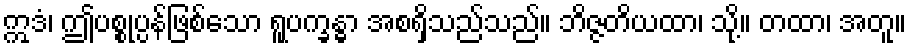
ဣဒံ၊ ဤပစ္စုပ္ပန်ဖြစ်သော ရူပက္ခန္ဓာ အစရှိသည်သည်။ ဘိဇ္ဇတိယထာ၊ သို့။ တထာ၊ အတူ။